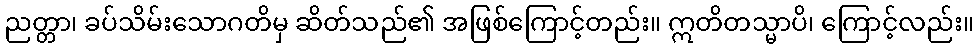
ညတ္တာ၊ ခပ်သိမ်းသောဂတိမှ ဆိတ်သည်၏ အဖြစ်ကြောင့်တည်း။ ဣတိတသ္မာပိ၊ ကြောင့်လည်း။